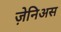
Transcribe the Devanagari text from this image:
ज़ेनिअस